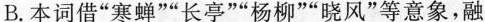
B.本词借”寒蝉””长亭””杨柳””晓风”等意象，融